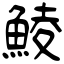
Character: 鯪